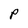
Character: P